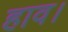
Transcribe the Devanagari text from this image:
हाव।